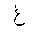
Letter: _gayn